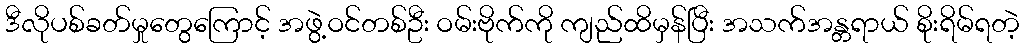
ဒီလိုပစ်ခတ်မှုတွေကြောင့် အဖွဲ့ဝင်တစ်ဦး ဝမ်းဗိုက်ကို ကျည်ထိမှန်ပြီး အသက်အန္တရာယ် စိုးရိမ်ရတဲ့